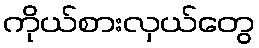
ကိုယ်စားလှယ်တွေ